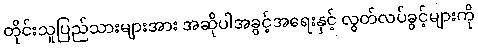
တိုင်းသူပြည်သားများအား အဆိုပါအခွင့်အရေးနှင့် လွတ်လပ်ခွင့်များကို